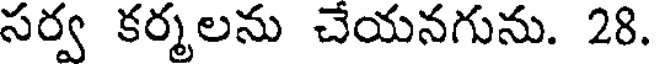
సర్వ కర్మలను చేయనగును. 28.